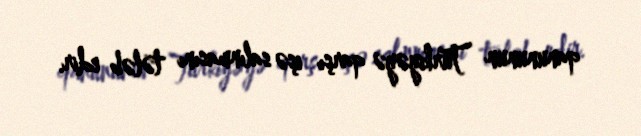
qanununun Türkiyəyə qarşı işə salınmasını tələb edir.